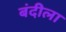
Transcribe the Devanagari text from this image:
बंदीला